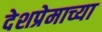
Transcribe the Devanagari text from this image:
देशप्रेमाच्या